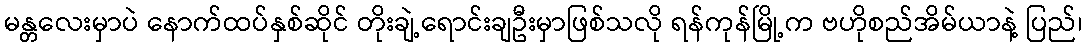
မန္တလေးမှာပဲ နောက်ထပ်နှစ်ဆိုင် တိုးချဲ့ရောင်းချဦးမှာဖြစ်သလို ရန်ကုန်မြို့က ဗဟိုစည်အိမ်ယာနဲ့ ပြည်၊